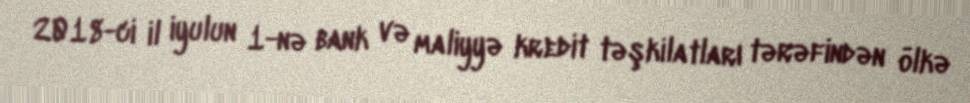
2018-ci il iyulun 1-nə bank və maliyyə kredit təşkilatları tərəfindən ölkə